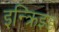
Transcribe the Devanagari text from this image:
इन्क्रिझ्ड